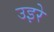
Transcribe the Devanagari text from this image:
उइरे